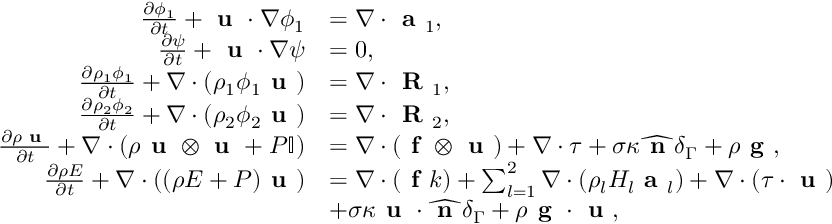
\begin{array} { r l } { \frac { \partial \phi _ { 1 } } { \partial t } + \textbf { u } \cdot \nabla \phi _ { 1 } } & { = \nabla \cdot \textbf { a } _ { 1 } , } \\ { \frac { \partial \psi } { \partial t } + \textbf { u } \cdot \nabla \psi } & { = 0 , } \\ { \frac { \partial \rho _ { 1 } \phi _ { 1 } } { \partial t } + \nabla \cdot ( \rho _ { 1 } \phi _ { 1 } \textbf { u } ) } & { = \nabla \cdot \textbf { R } _ { 1 } , } \\ { \frac { \partial \rho _ { 2 } \phi _ { 2 } } { \partial t } + \nabla \cdot ( \rho _ { 2 } \phi _ { 2 } \textbf { u } ) } & { = \nabla \cdot \textbf { R } _ { 2 } , } \\ { \frac { \partial \rho \textbf { u } } { \partial t } + \nabla \cdot ( \rho \textbf { u } \otimes \textbf { u } + P \mathbb { I } ) } & { = \nabla \cdot ( \textbf { f } \otimes \textbf { u } ) + \nabla \cdot \boldsymbol { \tau } + \sigma \kappa \widehat { \textbf { n } } \delta _ { \Gamma } + \rho \textbf { g } , } \\ { \frac { \partial \rho E } { \partial t } + \nabla \cdot ( ( \rho E + P ) \textbf { u } ) } & { = \nabla \cdot ( \textbf { f } k ) + \sum _ { l = 1 } ^ { 2 } \nabla \cdot ( \rho _ { l } H _ { l } \textbf { a } _ { l } ) + \nabla \cdot ( \boldsymbol { \tau } \cdot \textbf { u } ) } \\ & { + \sigma \kappa \textbf { u } \cdot \widehat { \textbf { n } } \delta _ { \Gamma } + \rho \textbf { g } \cdot \textbf { u } , } \end{array}